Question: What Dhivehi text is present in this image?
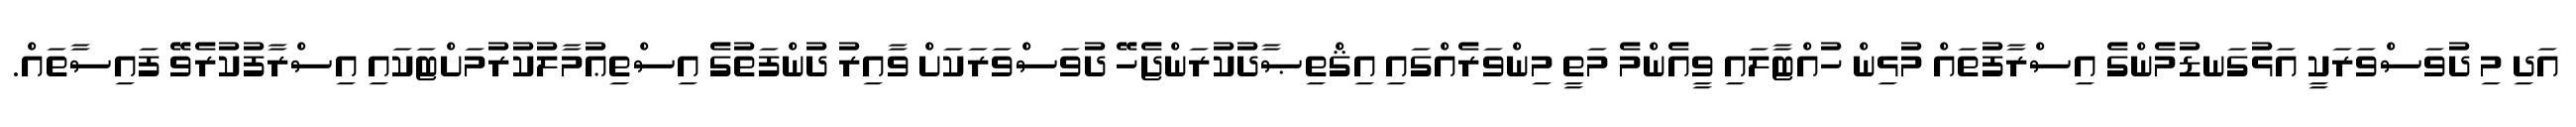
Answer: އަދި މި ދުވަސްވަރަކީ އަޅުގަނޑުމެންގެ އިސްރާފުތައް މުޅިން ހުއްޓާލައި ވީއެންމެ މަތީ މިންވަރެއްގައި އިޤްތިޞާދުކުރަންޖެހޭ ދުވަސްވަރަކަށް ވާއިރު ދުންފަތުގެ އިސްތިޢުމާލުކުރުމަށްޓަކައި އިސްރާފުކުރެވޭ ފައިސާތައް.